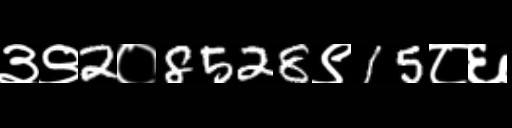
Text: ३९2०8528९15८६